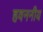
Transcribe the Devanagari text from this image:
हवननीय